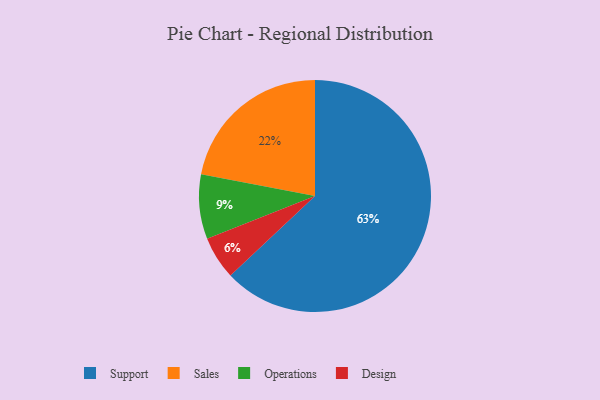
{"axis": {"x": "Category", "y": "Percentage"}, "legend": ["Design", "Operations", "Sales", "Support"], "data": [{"x": "Sales", "y": 22, "type": "Sales"}, {"x": "Operations", "y": 9, "type": "Operations"}, {"x": "Support", "y": 63, "type": "Support"}, {"x": "Design", "y": 6, "type": "Design"}]}